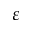
\varepsilon